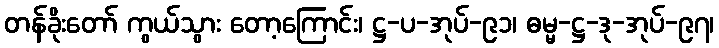
တန်ခိုးတော် ကွယ်သွား တော့ကြောင်း၊ ဋ္ဌ-ပ-အုပ်-၉၁၊ ဓမ္မ-ဋ္ဌ-ဒု-အုပ်-၉၇၊